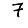
Digit: 7